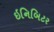
ઇનિબિટર